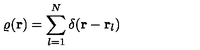
\varrho ( { \bf r } ) = \sum _ { l = 1 } ^ { N } \delta ( { \bf r } - { \bf r } _ { l } )